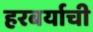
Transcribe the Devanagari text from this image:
हरबर्याची